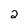
Character: 2